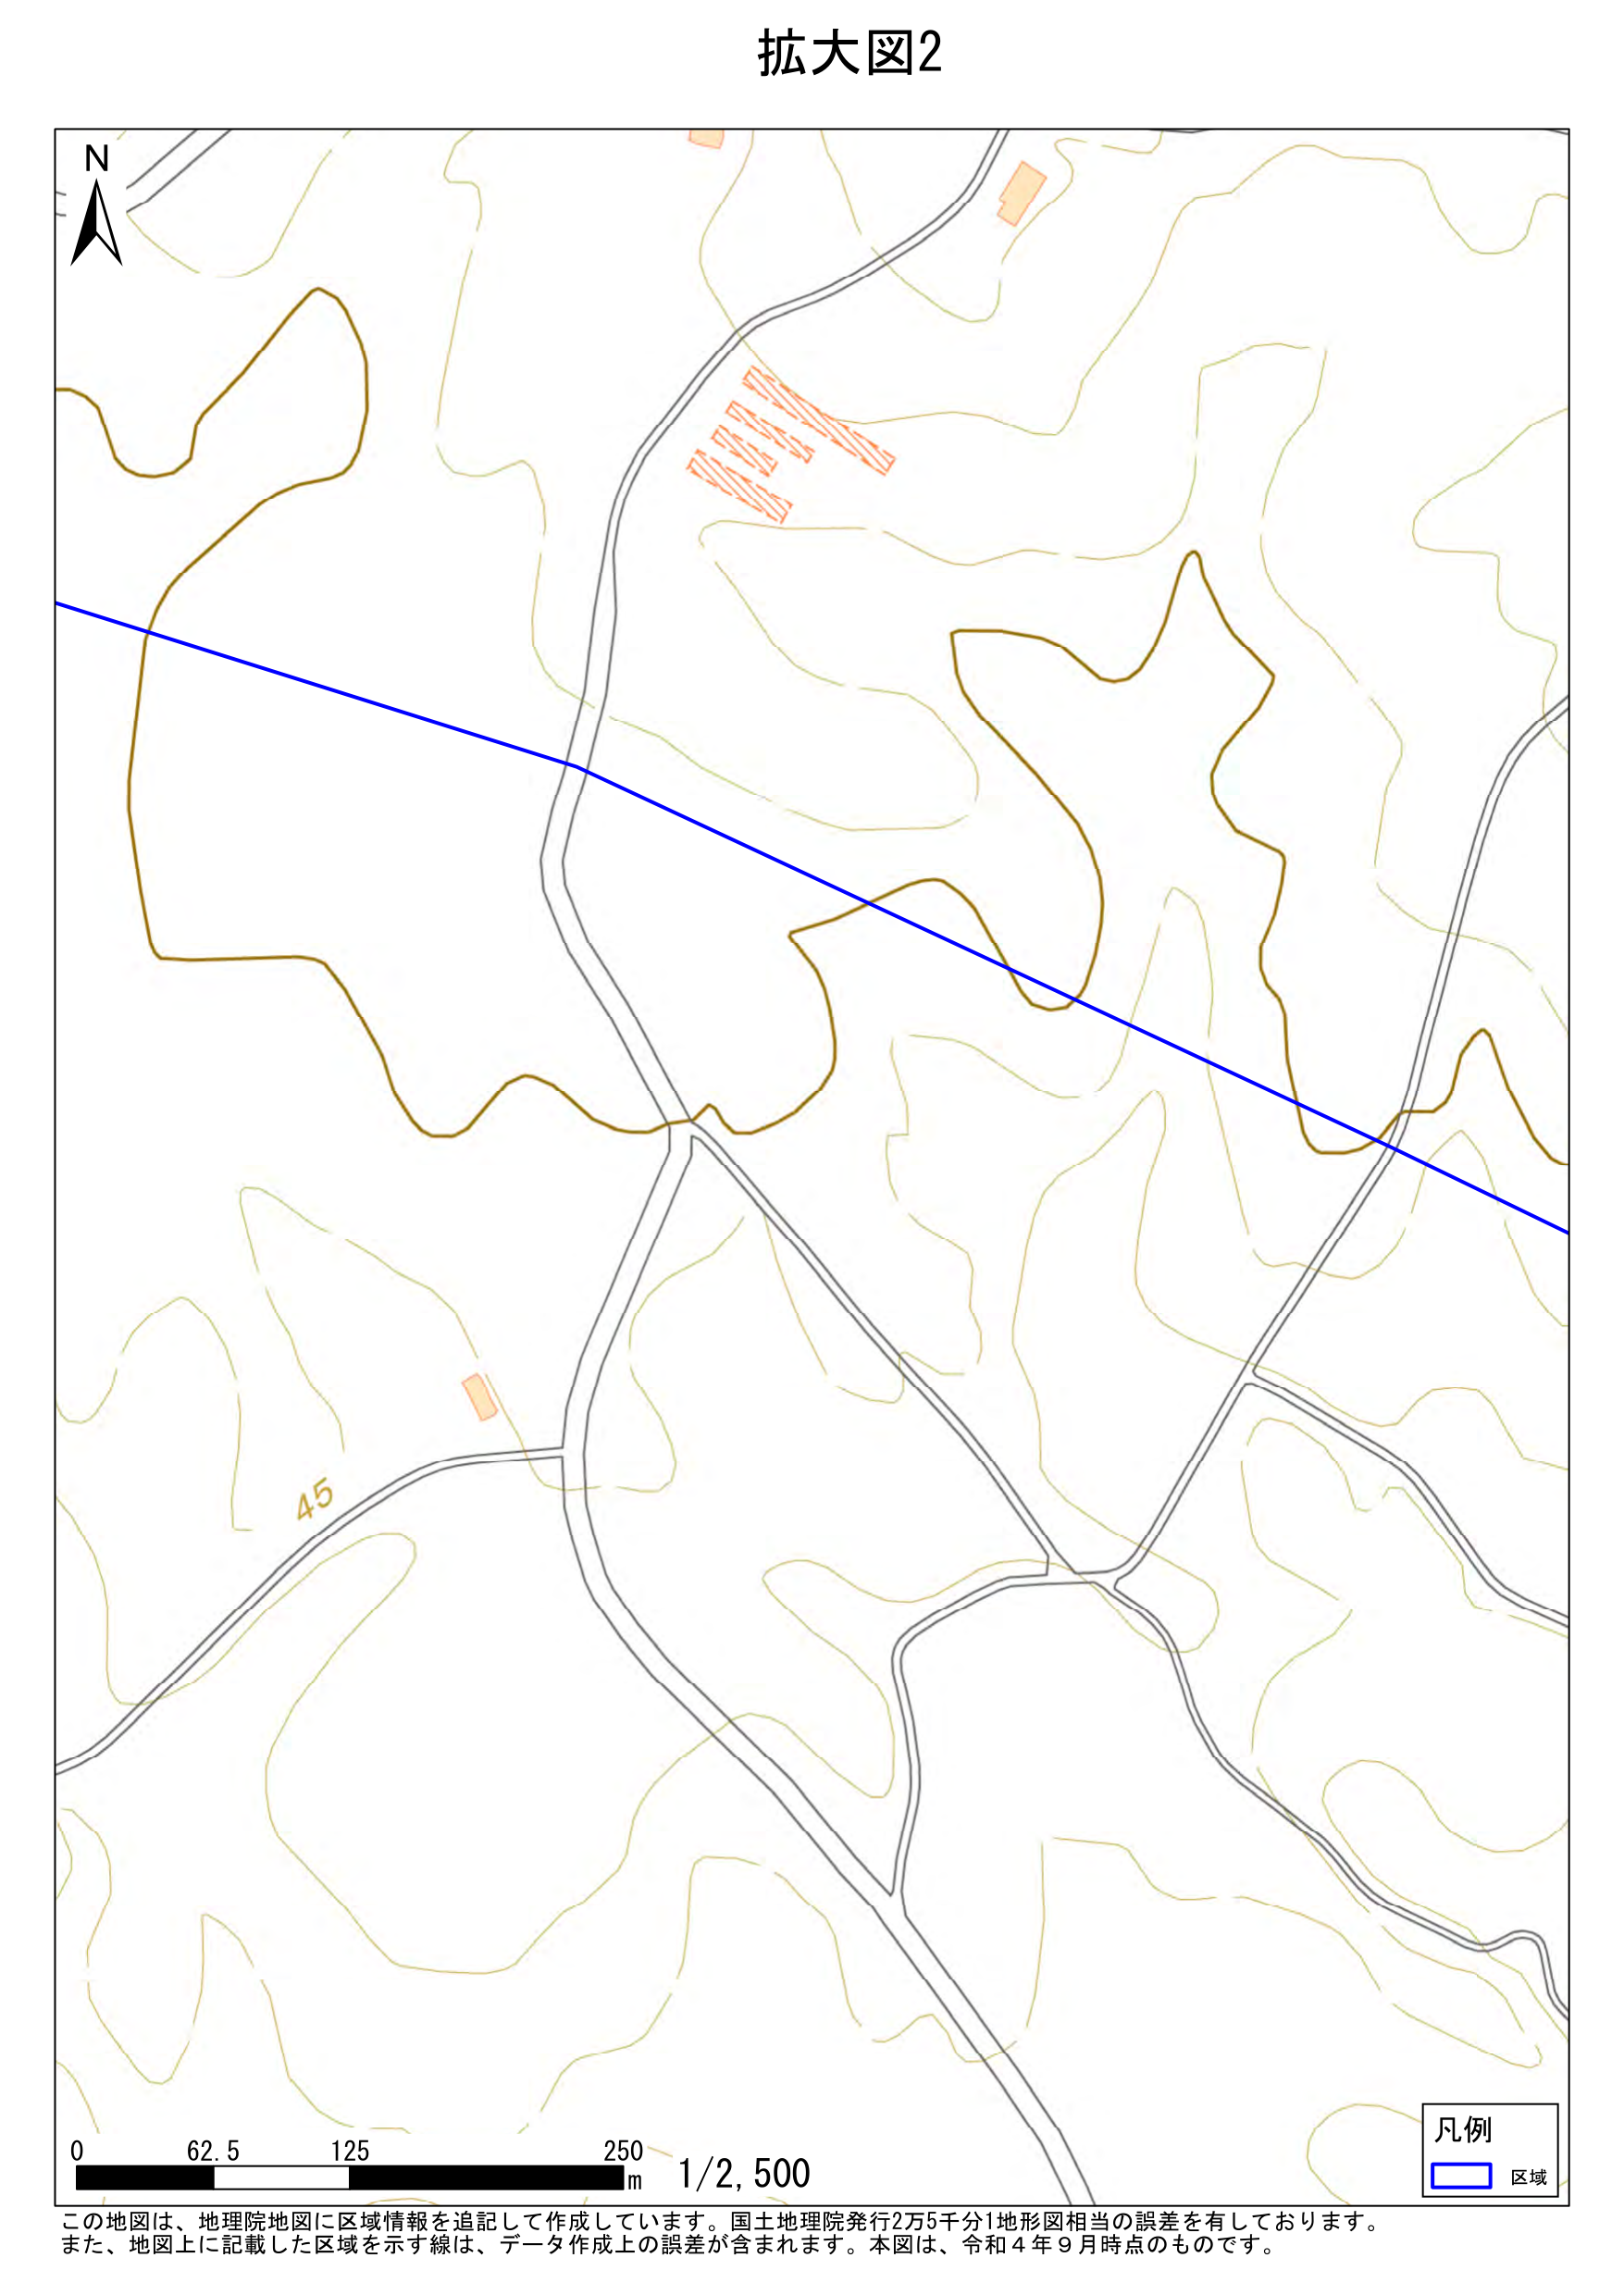
拡大図2
N
45
0 62.5 125 250 m 1/2,500
凡例
□ 区域
この地図は、地理院地図に区域情報を追記して作成しています。国土地理院発行2万5千分1地形図相当の誤差を有しております。
また、地図上に記載した区域を示す線は、データ作成上の誤差が含まれます。本図は、令和4年9月時点のものです。